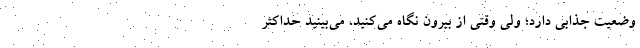
وضعیت جذابی دارد؛ ولی وقتی از بیرون نگاه می‌کنید، می‌بینید حداکثر